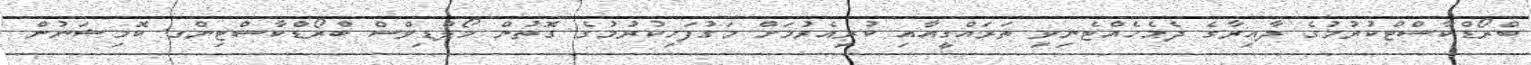
ބްރޯޑްކާސްޓްކުރުމުގެ ދާއިރާގެ ދެމެހެއްޓެނިވި ތަރައްގީއާއި ކުރިއެރުމަށް މަގުފަހިކުރުމުގެ ގޮތުން މޯލްޑިވްސް ބްރޯޑްކާސްޓިންގ ކޮމިޝަނުން